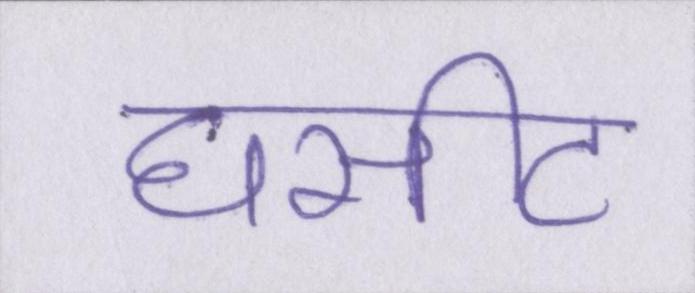
घसीट